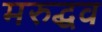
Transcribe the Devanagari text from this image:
मरुद्धव